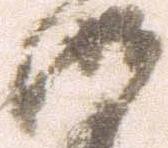
御